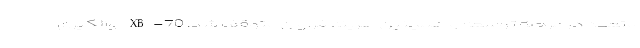
متعدد در مرحله توسعه و همچنین هزینه فراوان متوقف شد. XB-70 والکیری